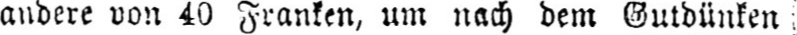
andere von 40 Franken, um nach dem Gutdünken